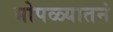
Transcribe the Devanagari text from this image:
भोपळ्यातनं